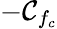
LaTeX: -\mathcal{C}_{f_{c}}